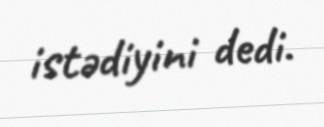
istədiyini dedi.